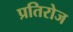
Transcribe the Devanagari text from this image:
प्रतिरोज